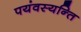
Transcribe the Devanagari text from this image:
पयंवस्यन्ति